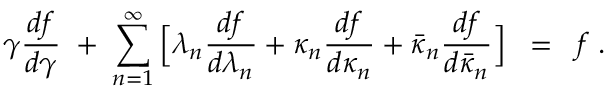
\gamma \frac { d f } { d \gamma } \; + \; \sum _ { n = 1 } ^ { \infty } \Big [ \lambda _ { n } \frac { d f } { d \lambda _ { n } } + \kappa _ { n } \frac { d f } { d \kappa _ { n } } + \bar { \kappa } _ { n } \frac { d f } { d \bar { \kappa } _ { n } } \Big ] \; \; = \; \; f \; .